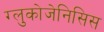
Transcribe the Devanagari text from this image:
ग्लुकोजेनिसिस